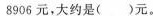
8906元，大约是()元。